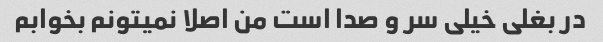
در بغلی خیلی سر و صدا است من اصلا نمیتونم بخوابم